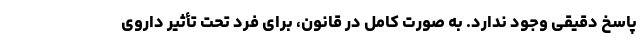
پاسخ دقیقی وجود ندارد. به صورت کامل در قانون، برای فرد تحت تأثیر داروی